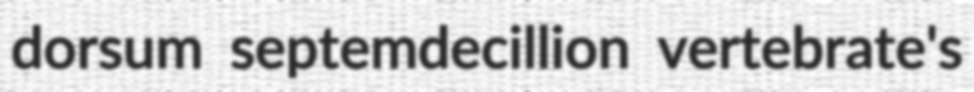
dorsum septemdecillion vertebrate's